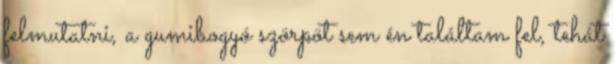
felmutatni, a gumibogyó szörpöt sem én találtam fel, tehát